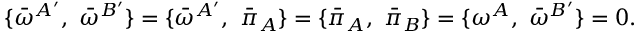
\{ { \bar { \omega } } ^ { A ^ { \prime } } , \ { \bar { \omega } } ^ { B ^ { \prime } } \} = \{ { \bar { \omega } } ^ { A ^ { \prime } } , \ { \bar { \pi } _ { A } } \} = \{ { \bar { \pi } _ { A } } , \ { \bar { \pi } _ { B } } \} = \{ { \omega } ^ { A } , \ { \bar { \omega } } ^ { B ^ { \prime } } \} = 0 .